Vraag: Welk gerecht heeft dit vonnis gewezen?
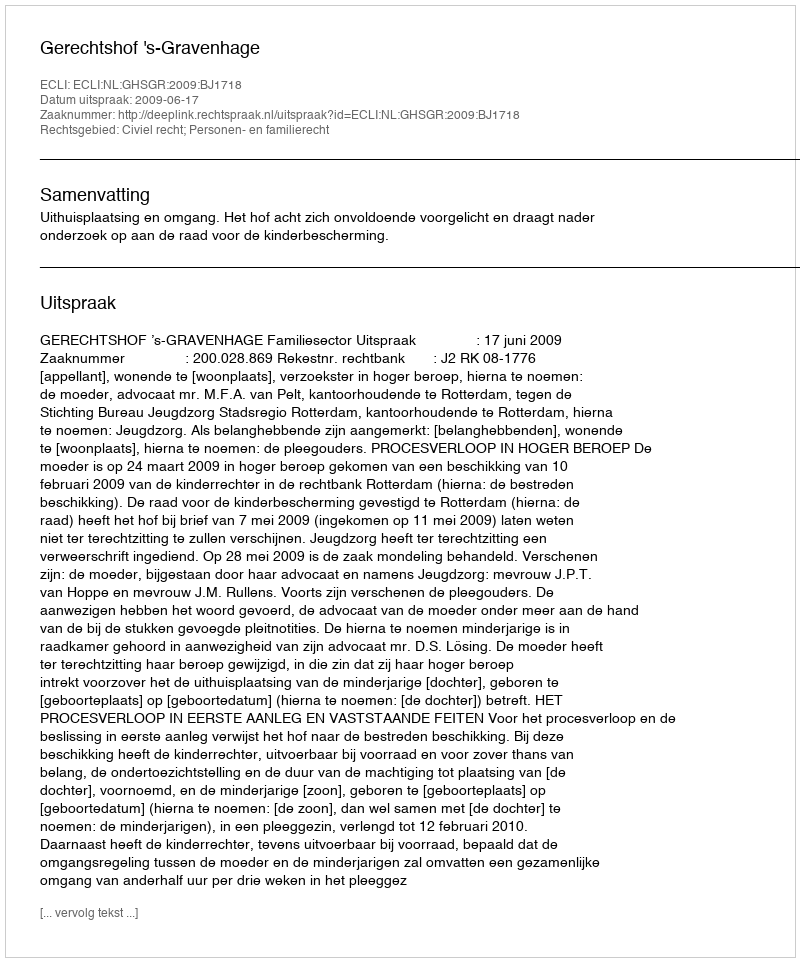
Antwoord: Gerechtshof 's-Gravenhage